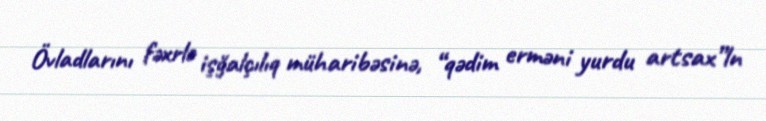
Övladlarını fəxrlə işğalçılıq müharibəsinə, “qədim erməni yurdu artsax”ln